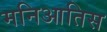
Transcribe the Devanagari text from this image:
मनिआतिस